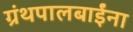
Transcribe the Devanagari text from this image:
ग्रंथपालबाईंना